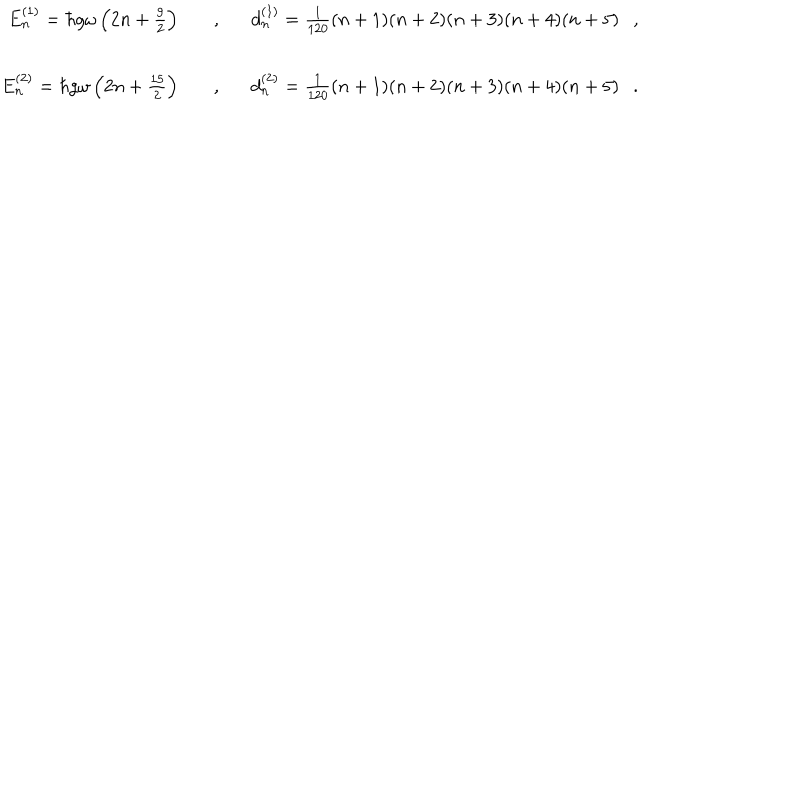
LaTeX: \begin{array} { r c l } { { E _ { n } ^ { ( 1 ) } = \hbar g \omega \left( 2 n + \frac { 9 } { 2 } \right) \ \ \ } } & { { , } } & { { \ \ \ d _ { n } ^ { ( 1 ) } = \frac { 1 } { 1 2 0 } ( n + 1 ) ( n + 2 ) ( n + 3 ) ( n + 4 ) ( n + 5 ) \ \ \ , } } \\ { { E _ { n } ^ { ( 2 ) } = \hbar g \omega \left( 2 n + \frac { 1 5 } { 2 } \right) \ \ \ } } & { { , } } & { { \ \ \ d _ { n } ^ { ( 2 ) } = \frac { 1 } { 1 2 0 } ( n + 1 ) ( n + 2 ) ( n + 3 ) ( n + 4 ) ( n + 5 ) \ \ \ . } } \\ \end{array}